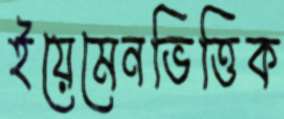
ইয়েমেনভিত্তিক